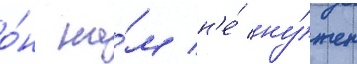
о́н на́м н'е́ ну́жен